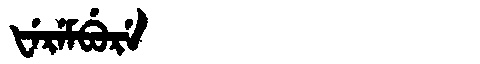
Manchu: ᡶᡝᡵᡝᠮᠪᡠᡵᡝ
Romanization: FEREMBURE